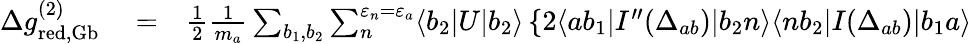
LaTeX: \begin{array}{rlr}{\Delta g_{\mathrm{red,Gb}}^{(2)}}&{{}=}&{\frac 12\frac{1}{m_{a}}\sum_{b_{1},b_{2}}\sum_{n}^{\varepsilon_{n}=\varepsilon_{a}}\langle b_{2}|U|b_{2}\rangle\left\{ 2\langle ab_{1}|I^{\prime\prime}(\Delta_{ab})|b_{2}n\rangle\langle nb_{2}|I(\Delta_{ab})|b_{1}a\rangle\right.}\end{array}